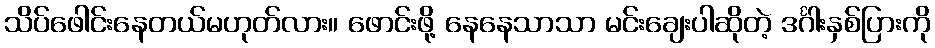
သိပ်ဖေါင်းနေတယ်မဟုတ်လား။ ဖောင်းဖို့ နေနေသာသာ မင်းချေးပါဆိုတဲ့ ဒင်္ဂါးနှစ်ပြားကို